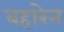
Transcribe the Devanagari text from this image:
बहारेन